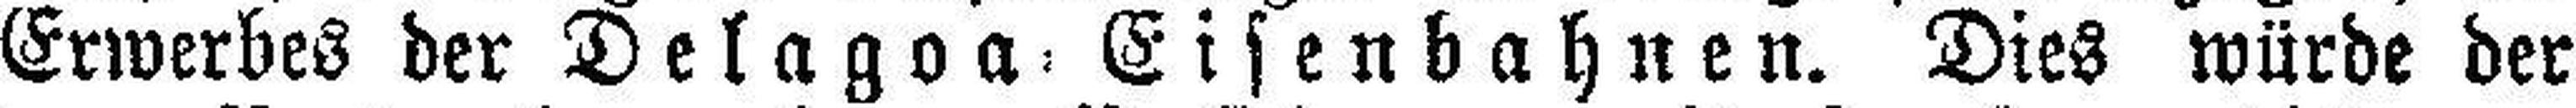
Erwerbes der Delagoa=Eisenbahnen. Dies würde der